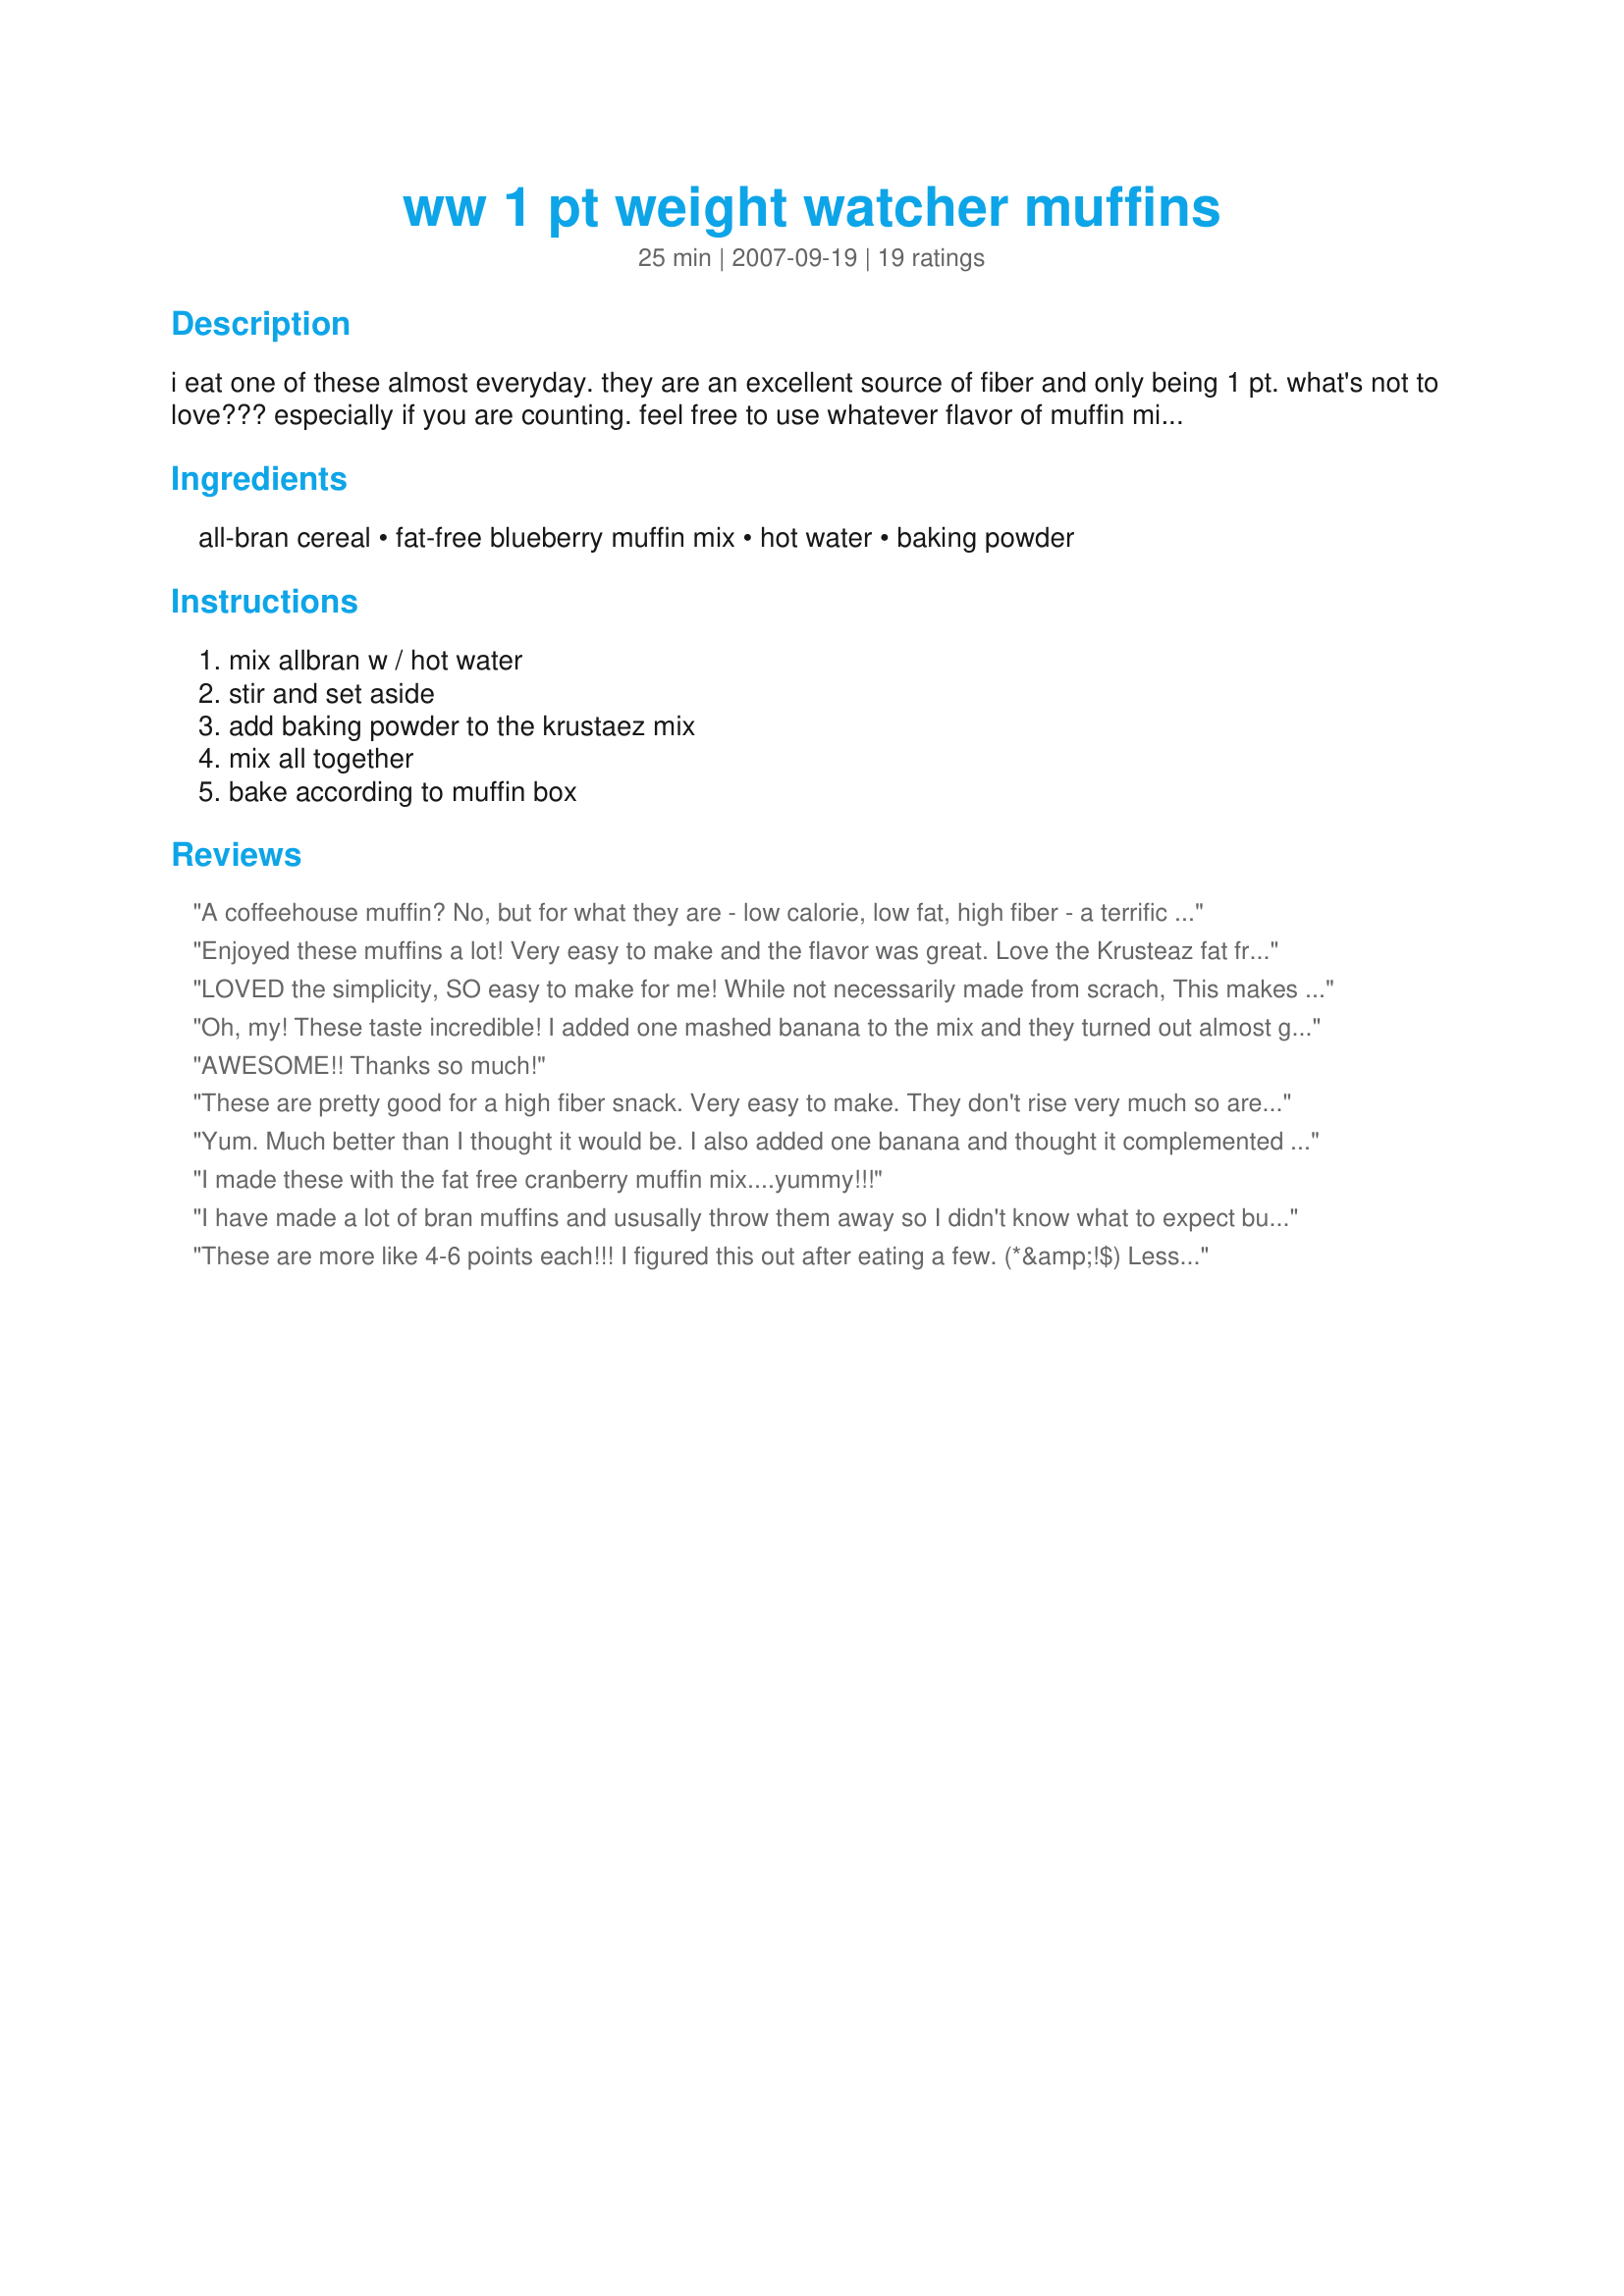
ww 1 pt weight watcher muffins
Preparation time: 25 minutes

i eat one of these almost everyday. they are an excellent source of fiber and only being 1 pt. what's not to love??? especially if you are counting. feel free to use whatever flavor of muffin mix from krusteaz you choose, just making sure it's the fatfree kind.

Ingredients:
all-bran cereal, fat-free blueberry muffin mix, hot water, baking powder

Steps:
mix allbran w / hot water, stir and set aside, add baking powder to the krustaez mix, mix all together, bake according to muffin box

Reviews:
A coffeehouse muffin? No, but for what they are - low calorie, low fat, high fiber - a terrific treat any time of the day. I added some lemon extract as my experience with Krusteaz FF mixes has been that they sometimes have a distinct aftertaste and I wanted to disguise it. I actually got 20 muffins out of my batter; baked some in silicone liners and some in a sprayed tin. Mine did not rise much and are not exceedingly pretty but are manna from heaven in my current muffin-deprived state. The instructions on the box state a baking time of 16-18 minutes. After 18, mine were still a little gluey in the center go I popped them back in for another 4 minutes. Now they are moist little poppers that leave no guilty taste in my mouth. ;-) Thanks for sharing your recipe!
Enjoyed these muffins a lot! Very easy to make and the flavor was great. Love the Krusteaz fat free mixes and will try the cranberry orange mix next. Thank you CoffeeB for sharing this recipe with us! Made and reviewed for Kittencal's Nuffin But Muffin Tag Game in the Vegetarian Forum.
LOVED the simplicity,
SO easy to make for me!
While not necessarily made from scrach,
This makes for a terrific batch!
Increasing fibre, that's yummy too!
Will definately make WHEN can find fat free muffin mix again, TRUE!
THANKS!
Oh, my! These taste incredible! I added one mashed banana to the mix and they turned out almost gooey...just perfect when you want something ever so slightly sweet. This CAN'T be diet food!!
Thanks for saving my diet, Coffeebarista (provided I don't eat them all at once!! : )
AWESOME!! Thanks so much!
These are pretty good for a high fiber snack. Very easy to make. They don't rise very much so are fairly dense in texture. I think I prefer muffins that use natural bran vs. The cereal but these were fine for a quick recipe.
Yum. Much better than I thought it would be. I also added one banana and thought it complemented this recipe well. I was able to get 20 muffins. Keep in mind they won't rise much so you might want to consider that while filling your tins. Thanks for the recipe.
I made these with the fat free cranberry muffin mix....yummy!!!
I have made a lot of bran muffins and ususally throw them away so I didn't know what to expect but these easy muffins are the best healthy ones I have had. Mine weren't pretty (how did they get that picture) but the taste was good for a bran muffin.
These are more like 4-6 points each!!! I figured this out after eating a few. (*&amp;!$) Lesson learned. I would like to know how you calculated one point each though? I entered the information in separately and the muffin mix was 3 points and bran 3 points?? Please clarify.
These are wonderful! I used the Krusteaz fat-free cranberry-orange mix and they were great. I love me some cake in the morning with coffee and this does it for me. Thanks for posting this!
CB, this is a great way to get bran into a muffin. The next time I may add some orange juice concentrate or orange zest. The flavor was great and SOOO easy. I made 12 nice sized muffins, using the blueberry mix. But I think any flavor mix would be just as good. Thanks for this great way to get more fiber into our diets.
These are delicious! I didn't have any baking powder, so tried to wait until I could get some, then decided to just go for it! It worked!! oh wow, yum. Thank you!
Fantastic!! Added a few more dried cranberries (plumped) and dried orange peel to my first batch. Hard to believe they're a l pt. muffin. Great middle of the day snack...without guilt.
These turned out to be a dense muffin for me. I used cranberry orange FF Krustez muffin mix. They are a good low point muffin and not too sweet which is good. I put a little peanut butter on my muffin to make a filling 2 point breakfast!
Oh my these were just fabulous. I used the banana muffin mix and sliced an overripe banana into the batter. The banana and bran married so well together and the muffin was tender and light. My one mistake was to not look at the serving size and ended up making a dozen large muffins. (While spooning the batter I was wondering how it would all fit in the tins and I should have picked up.) Nonetheless, even with my mistake these were just 2 points and quite filling. Thanks CoffeeB.
You guys realize the box of muffin mix is excluded from the weight watchers calculations - it says it underneath in red, these muffins would really be 4 pointsplus value points.
I kind of felt like I was eating a muffin made out of news paper. But it got the old pipes working if you know what I mean...dont think I will make this again though.
I started back on Weight Watchers yesterday and made a batch of these muffuns to reheat every morning for my breakfast. Just ate the first one and it was delicious!! SO moist!! I look forward to eating these every day!!!
